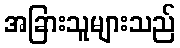
အခြားသူများသည်